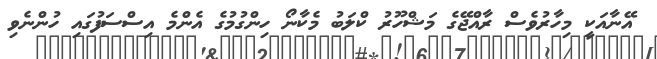
އޭނާއަކީ މިހާރުވެސް ރާއްޖޭގެ މަޝްހޫރު ކްލަބު މެކާނޯ ހިންގުމުގެ އެންމެ އިސްސަފުގައި ހުންނެވި